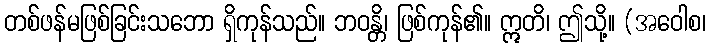
တစ်ဖန်မဖြစ်ခြင်းသဘော ရှိကုန်သည်။ ဘဝန္တိ၊ ဖြစ်ကုန်၏။ ဣတိ၊ ဤသို့။ (အဝေါစ၊